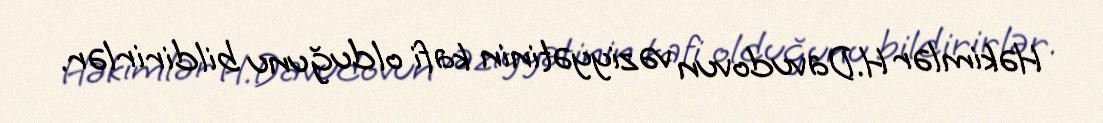
Həkimlər H.Davudovun vəziyyətinin kafi olduğunu bildirirlər.